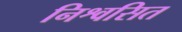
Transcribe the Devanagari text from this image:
निश्वसित